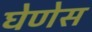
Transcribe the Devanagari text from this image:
घेणेस